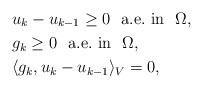
LaTeX: \begin{align*}&u_k - u_{k-1} \geq 0 \ \mbox{ a.e.~in } \ \Omega,\\&g_k \geq 0 \ \mbox{ a.e.~in } \ \Omega,&\\&\langle g_k, u_k-u_{k-1} \rangle_V =0,&\end{align*}